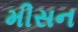
મીસન